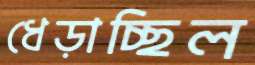
ধেড়াচ্ছিল